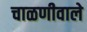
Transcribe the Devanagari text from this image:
चाळणीवाले